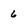
Character: 6